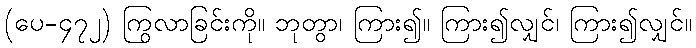
(ပေ-၄၇၂) ကြွလာခြင်းကို။ ဘုတွာ၊ ကြား၍။ ကြား၍လျှင်၊ ကြား၍လျှင်။